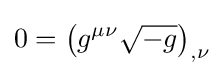
0=\left(g^{\mu \nu }{\sqrt {-g}}\right)_{,\nu }